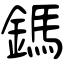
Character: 鎷